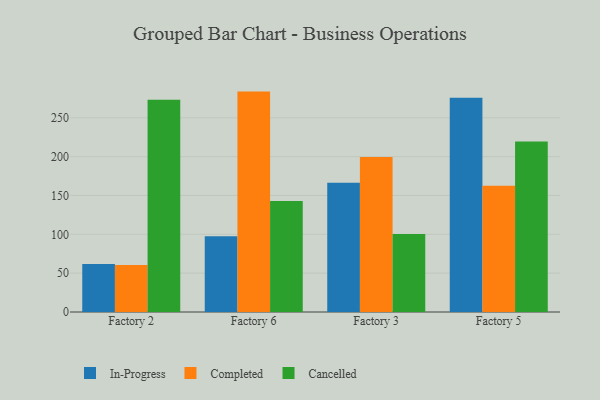
{"axis": {"x": "Factory", "y": "Production Output"}, "legend": ["Cancelled", "Completed", "In-Progress"], "data": [{"x": "Factory 2", "y": 61.7, "type": "In-Progress"}, {"x": "Factory 2", "y": 60.4, "type": "Completed"}, {"x": "Factory 2", "y": 273.3, "type": "Cancelled"}, {"x": "Factory 6", "y": 97.4, "type": "In-Progress"}, {"x": "Factory 6", "y": 283.7, "type": "Completed"}, {"x": "Factory 6", "y": 143.0, "type": "Cancelled"}, {"x": "Factory 3", "y": 166.4, "type": "In-Progress"}, {"x": "Factory 3", "y": 199.4, "type": "Completed"}, {"x": "Factory 3", "y": 100.3, "type": "Cancelled"}, {"x": "Factory 5", "y": 275.7, "type": "In-Progress"}, {"x": "Factory 5", "y": 162.4, "type": "Completed"}, {"x": "Factory 5", "y": 219.4, "type": "Cancelled"}]}